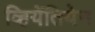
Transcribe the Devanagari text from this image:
व्हियेंतियेन